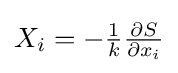
{\textstyle X_{i}=-{\frac {1}{k}}{\frac {\partial S}{\partial x_{i}}}}